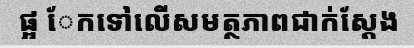
ផ្អ ែកទៅលើសមត្ថភាពជាក់ស្តែង